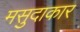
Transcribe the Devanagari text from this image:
मसुदाकार